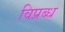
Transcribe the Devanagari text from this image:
विप्रब्ध